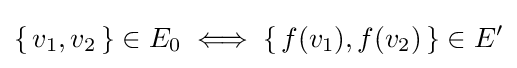
\{\,v_{1},v_{2}\,\}\in E_{0}\iff \{\,f(v_{1}),f(v_{2})\,\}\in E^{\prime }